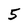
Character: 5